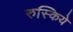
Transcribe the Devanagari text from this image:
रुस्किये